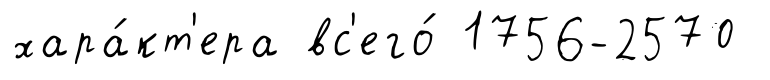
хара́кт'ера вс'его́ 1756-2570